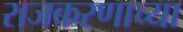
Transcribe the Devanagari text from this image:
राजकरणाच्या